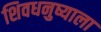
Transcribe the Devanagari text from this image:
शिवधनुष्याला